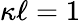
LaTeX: \kappa\ell=1